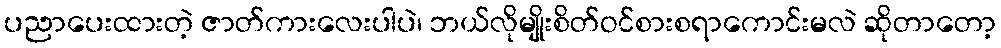
ပညာပေးထားတဲ့ ဇာတ်ကားလေးပါပဲ၊ ဘယ်လိုမျိုးစိတ်ဝင်စားစရာကောင်းမလဲ ဆိုတာတော့